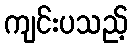
ကျင်းပသည့်